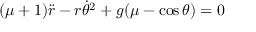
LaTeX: ( \mu + 1 ) { \ddot { r } } - r { \dot { \theta } } ^ { 2 } + g ( \mu - \cos { \theta } ) = 0